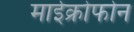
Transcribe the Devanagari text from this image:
माईक्रोफोन